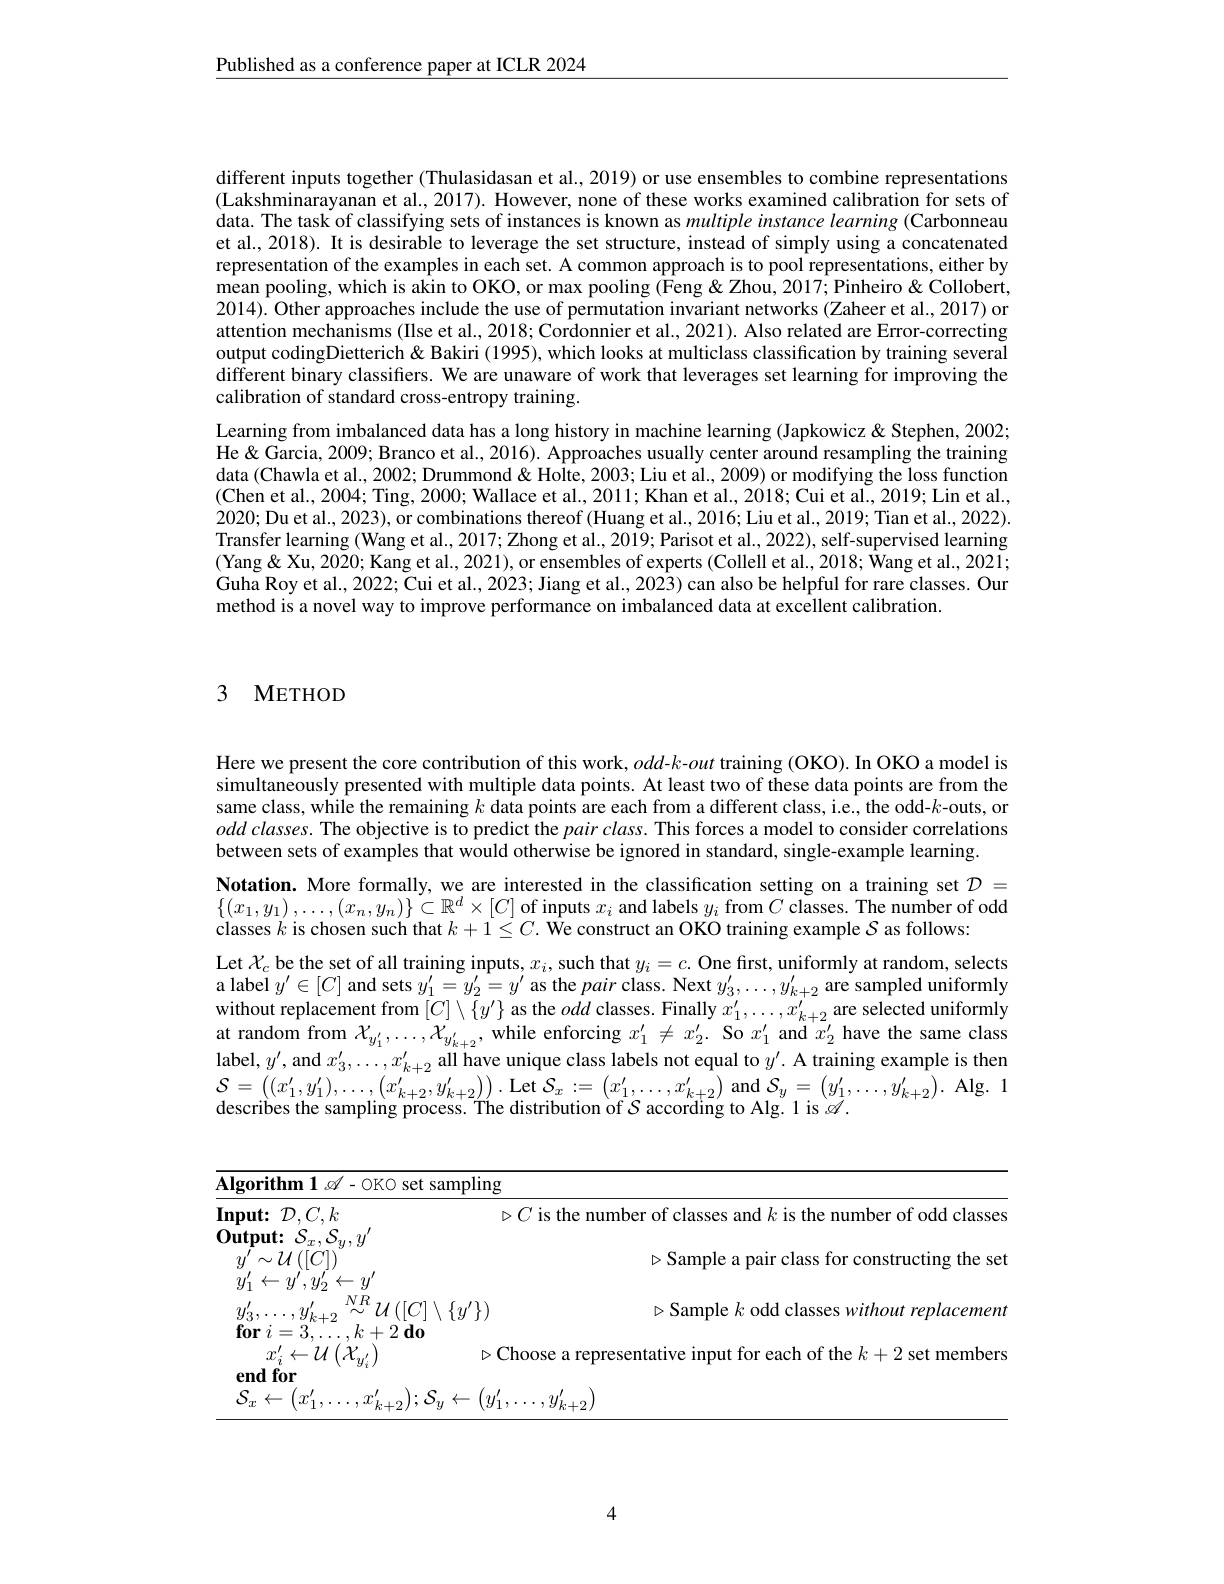
$\underline{\text{Published as a conference paper at ICLR 2024}}$

different inputs together (Thulasidasan et al., 2019) or use ensembles to combine representations (Lakshminarayanan et al., 2017). However, none of these works examined calibration for sets of data. The task of classifying sets of instances is known as multiple instance learning (Carbonneau et al., 2018). It is desirable to leverage the set structure, instead of simply using a concatenated representation of the examples in each set. A common approach is to pool representations, either by mean pooling, which is akin to OKO, or max pooling (Feng &Zhou, 2017; Pinheiro & Collobert, 2014). Other approaches include the use of permutation invariant networks (Zaheer et al., 2017) or attention mechanisms (Ilse et al., 2018; Cordonnier et al., 2021). Also related are Error-correcting output codingDietterich & Bakiri (1995), which looks at multiclass classification by training several different binary classifiers. We are unaware of work that leverages set learning for improving the calibration of standard cross-entropy training.
Learning from imbalanced data has a long history in machine learning (Japkowicz & Stephen, 2002; He & Garcia, 2009; Branco et al., 2016). Approaches usually center around resampling the training data (Chawla et al., 2002; Drummond & Holte, 2003; Liu et al., 2009) or modifying the loss function (Chen et al., 2004; Ting, 2000; Wallace et al., 2011; Khan et al., 2018; Cui et al., 2019; Lin et al., 2020; Du et al., 2023), or combinations thereof (Huang et al., 2016; Liu et al., 2019; Tian et al., 2022) Transfer learning (Wang et al., 2017; Zhong et al., 2019; Parisot et al., 2022), self-supervised learning (Yang & Xu, 2020; Kang et al., 2021), or ensembles of experts ( Collell et al., 2018; Wang et al., 2021; Guha Roy et al., 2022; Cui et al., 2023; Jiang et al., 2023) can also be helpful for rare classes. Our method is a novel way to improve performance on imbalanced data at excellent calibration.

# 3 METHOD

Here we present the core contribution of this work, $odd-k$-out training (OKO). In OKO a model is simultaneously presented with multiple data points. At least two of these data points are from the same class, while the remaining $k$ data points are each from a different class, i.e., the odd-$k$-outs, or odd classes. The objective is to predict the $pairclass.$ This forces a model to consider correlations between sets of examples that would otherwise be ignored in standard, single-example learning.
Notation. More formally, we are interested in the classification setting on a training set $\mathcal{D}=$ $\{ ( x_1, y_1)$ $, \ldots , ( x_n, y_n) \} \subset \mathbb{R} ^d\times [ C]$ of inputs $x_i$ and labels $y_i$ from $C$ classes. The number of odd classes $k$ is chosen such that $k+1\leq C.$ We construct an OKO training example $S$ as follows:
Let $\mathcal{X}_c$ be the set of all training inputs, $x_i$, such that $y_i=c.$ One first, uniformly at random, selects a label $y^\prime\in[C]$ and sets $y_1^{\prime}=y_2^{\prime}=y^{\prime}$ as the pair class. Next $y_3^{\prime},\ldots,y_{k+2}^{\prime}$ are sampled uniformly without replacement from $[C]\setminus\{y^{\prime}\}$ as the odd classes. Finally $x_1^{\prime},\ldots,x_{k+2}^{\prime}$ are selected uniformly at random from $\chi_{y_1^{\prime},\ldots,X_{y_{k+2}^{\prime}},\text{while enforcing }x_1^{\prime}\neq x_2^{\prime}.\text{ So }x_1^{\prime}\text{ and }x_2^{\prime}\text{ have the same class}}$ label, $y^\prime$, and $x_3^\prime,\ldots,x_{k+2}^{\prime}$ all have unique class labels not equal to $y^\prime.$ A training example is then $\begin{array}{l}\mathcal{S}=\left((x_1^{\prime},y_1^{\prime}),\ldots,\left(x_{k+2}^{\prime},y_{k+2}^{\prime}\right)\right).\operatorname{Let}\mathcal{S}_x:=\left(x_1^{\prime},\ldots,x_{k+2}^{\prime}\right)\operatorname{and}\mathcal{S}_y=\left(y_1^{\prime},\ldots,y_{k+2}^{\prime}\right).\operatorname{Alg.}1\\\text{describes the sampling process. The distribution of }\mathcal{S}\operatorname{according~to~Alg.~l~is~}\mathscr{A}.\end{array}$

<table>
	<tbody>
		<tr>
			<td>$\mathbf{Algorithm1}\not\sim-0$KO</td>
			<td>${\underline{{\mathrm{et~sampling}}}}$</td>
		</tr>
		<tr>
			<td>$\mathbf{Input:}$ $\mathcal{D}.$  $L$</td>
			<td>$\triangleright C$ is the number of classes and $k$ is the number of odd classes</td>
		</tr>
		<tr>
			<td>7.7. 74 $(|C|.$</td>
			<td>$\triangleright$Sample a pair class for constructing the set</td>
		</tr>
		<tr>
			<td>$NR$ $U$ $y_{k+2}$</td>
			<td>$\mathcal{T}]\setminus\{y^{\prime}\})$ $\triangleright$Sample $k$ odd classes without replacement</td>
		</tr>
		<tr>
			<td>$10r$ $I_{A}$</td>
			<td>0 $\triangleright$Choose a representative input for each of the $k+2$ set members</td>
		</tr>
		<tr>
			<td>$S.$ 11</td>
			<td> </td>
		</tr>
	</tbody>
</table>